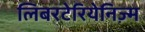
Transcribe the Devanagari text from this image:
लिबरटेरियेनिज़्म